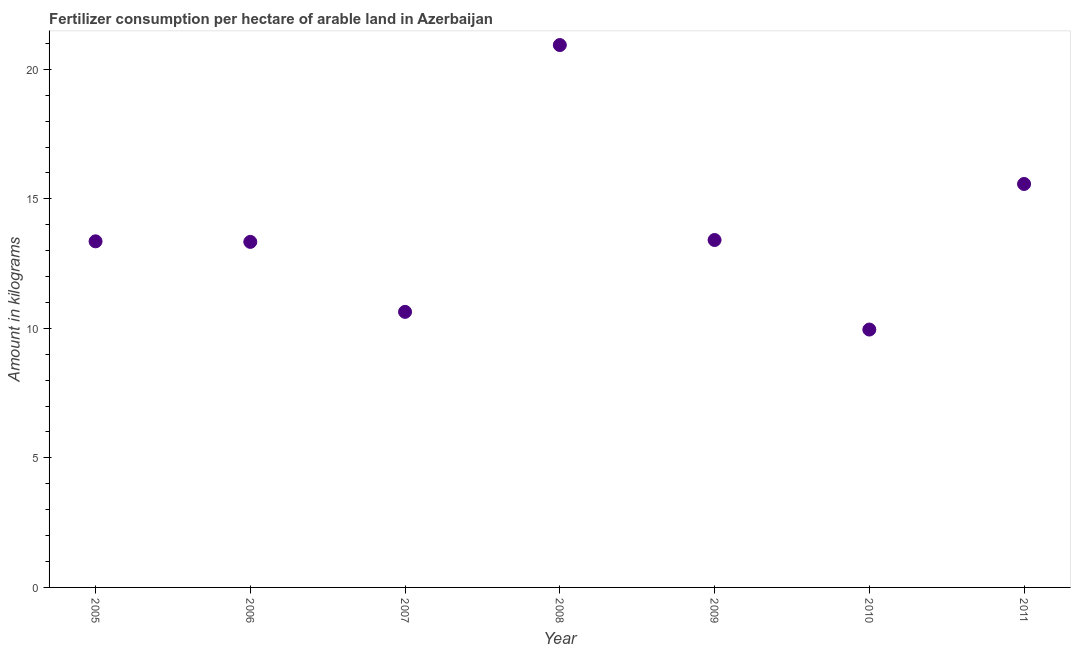
| Year | Fertilizer consumption |
 | --- | --- |
 | 2005 | 13.4 |
 | 2006 | 13.3 |
 | 2007 | 10.6 |
 | 2008 | 20.9 |
 | 2009 | 13.4 |
 | 2010 | 9.95 |
 | 2011 | 15.6 |